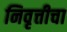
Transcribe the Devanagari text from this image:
निवृत्तीचा